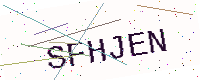
Text: SFHJEN